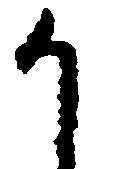
か